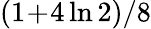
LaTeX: (1\! +\! 4\ln 2)/8